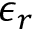
\epsilon _ { r }